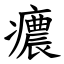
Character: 癑